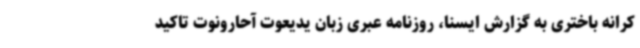
کرانه باختری به گزارش ایسنا، روزنامه عبری زبان یدیعوت آحارونوت تاکید